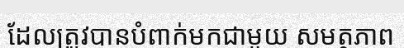
ដែលត្រូវបានបំពាក់មកជាមួយ សមត្ថភាព